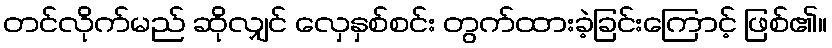
တင်လိုက်မည် ဆိုလျှင် လှေနှစ်စင်း တွက်ထားခဲ့ခြင်းကြောင့် ဖြစ်၏။